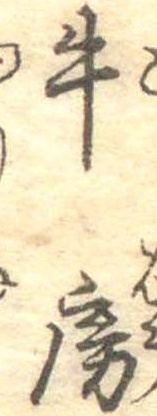
牛房